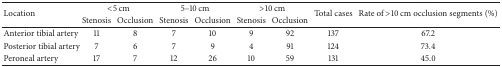
| <ROWSPAN=2> Location | <COLSPAN=2> <5 cm | <COLSPAN=2> 5–10 cm | <COLSPAN=2> >10 cm | <ROWSPAN=2> Total cases | <ROWSPAN=2> Rate of >10 cm occlusion segments (%) |
 | Stenosis | Occlusion | Stenosis | Occlusion | Stenosis | Occlusion |
 | --- | --- | --- | --- | --- | --- | --- | --- | --- |
 | Anterior tibial artery | 11 | 8 | 7 | 10 | 9 | 92 | 137 | 67.2 |
 | Posterior tibial artery | 7 | 6 | 7 | 9 | 4 | 91 | 124 | 73.4 |
 | Peroneal artery | 17 | 7 | 12 | 26 | 10 | 59 | 131 | 45.0 |